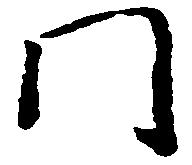
門